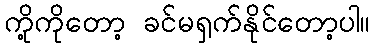
ကို့ကိုတော့ ခင်မရှက်နိုင်တော့ပါ။